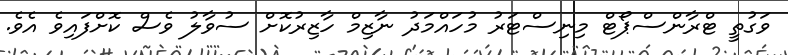
ވަގުތީ ޓްރާންސްޕޯޓް މިނިސްޓަރު މުހައްމަދު ނާޒިމް ހާޒިރުކޮށް ސުވާލު ވެސް ކޮށްފައިވެ އެވެ.